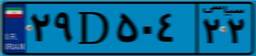
۲۹D۵۰۴۲۲